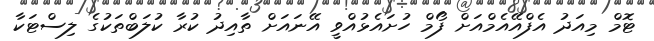
ޓޮމް މިއަދު އެފްއޭއެމްއަށް ފޯމް ހުށައެޅުއްވީ އޭނައަށް ތާއިދު ކުރާ ކުލަބްތަކުގެ ލިސްޓަކާ